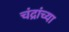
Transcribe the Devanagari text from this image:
चंद्रांच्या